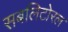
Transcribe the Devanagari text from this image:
सबलिटोरल